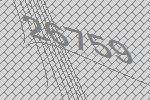
26759